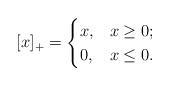
LaTeX: \begin{gather*}[x]_+= \begin{cases} x, &x\geq 0; \\0, & x\leq 0. \end{cases}\end{gather*}